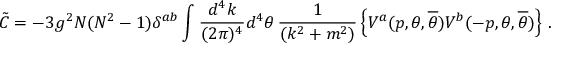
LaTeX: \tilde { C } = - 3 g ^ { 2 } N ( N ^ { 2 } - 1 ) \delta ^ { a b } \int \frac { d ^ { 4 } k } { ( 2 \pi ) ^ { 4 } } d ^ { 4 } \theta \, \frac { 1 } { ( k ^ { 2 } + m ^ { 2 } ) } \left\{ V ^ { a } ( p , \theta , { \overline { { \theta } } } ) V ^ { b } ( - p , \theta , { \overline { { \theta } } } ) \right\} \, .